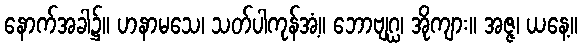
နောက်အခါ၌။ ဟနာမသေ၊ သတ်ပါကုန်အံ့။ ဘောဗျဂ္ဃ၊ အိုကျား။ အဇ္ဇ၊ ယနေ့။